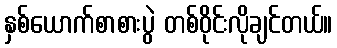
နှစ်ယောက်စာစားပွဲ တစ်ဝိုင်းလိုချင်တယ်။